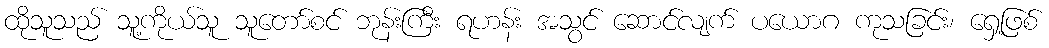
ထိုသူသည် သူ့ကိုယ်သူ သူတော်စင် ဘုန်းကြီး ရဟန်း အသွင် ဆောင်လျက် ပယောဂ ကုသခြင်း၊ ရှေ့ဖြစ်